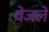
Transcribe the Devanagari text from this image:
वेजले